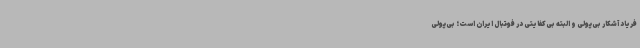
فریاد آشکار بی‌پولی و البته بی‌کفایتی در فوتبال ایران است؛ بی‌پولی